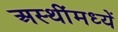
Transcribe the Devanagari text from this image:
अस्थींमध्यें